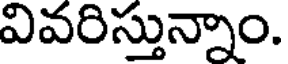
వివరిస్తున్నాం.